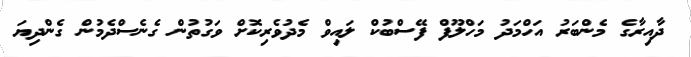
ދާއިރާގެ މެންބަރު އަހްމަދު މަހްލޫފް ފޭސްބުކް ލައިވް މެދުވެރިކޮށް ވަގުތުން ގެނެސްދެމުން ގެންދިޔަ